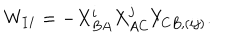
W _ { I I } = - X _ { B A } ^ { i } X _ { A C } ^ { j } Y _ { C B , ( i j ) } .